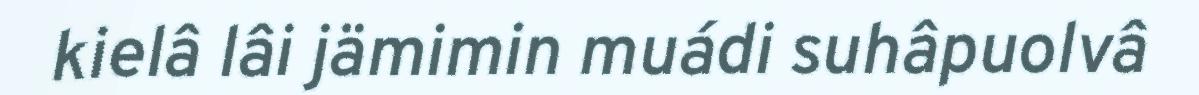
kielâ lâi jämimin muádi suhâpuolvâ